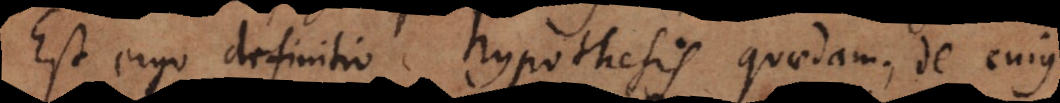
Est ergo definitio hypothesis quaedam, de cujus